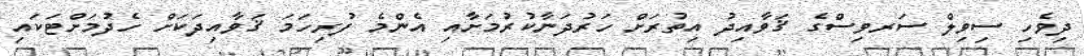
ދިވެހި ސިވިލް ސަރވިސްގެ ޤަވާއިދު އިތުރަށް ހަރުދަނާކުރުމަށާއި އެންމެ ފުރިހަމަ ޤަވާއިދަކަށް ހެދުމަށްޓަކައި